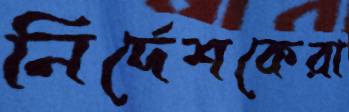
নির্দেশকেরা